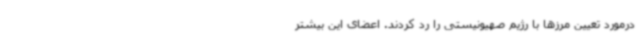
درمورد تعیین مرزها با رژیم صهیونیستی را رد کردند. اعضای این بیشتر